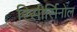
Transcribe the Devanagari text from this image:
रिसीर्सिनोल